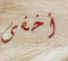
أخفى